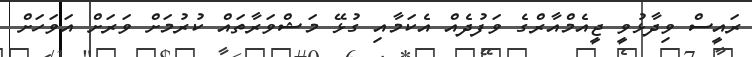
ރައީސް ވިދާޅުވީ ޖީއެމްއާރްގެ ވަފުދެއް އެކަމާއި ގުޅޭ މަޝްވަރާތައް ކުރުމަށް ވަރަށް އަވަހަށް